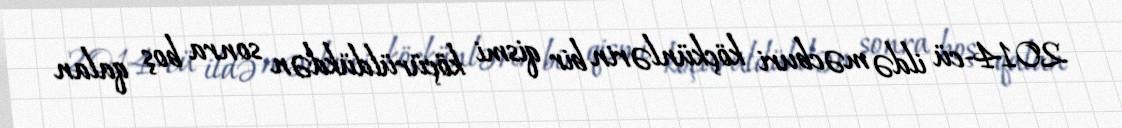
2014-cü ildə məcburi köçkünlərin bir qismi köçürüldükdən sonra boş qalan